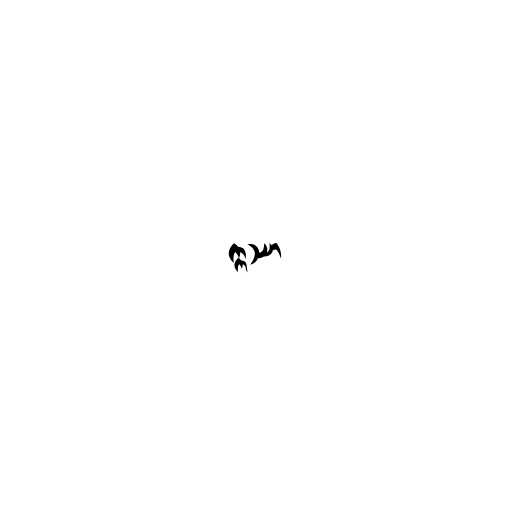
ဣဿာ